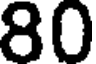
80